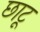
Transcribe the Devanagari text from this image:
छाटू